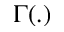
\Gamma ( . )